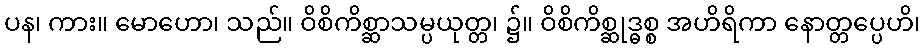
ပန၊ ကား။ မောဟော၊ သည်။ ဝိစိကိစ္ဆာသမ္ပယုတ္တ၊ ၌။ ဝိစိကိစ္ဆုဒ္ဓစ္စ အဟိရိကာ နောတ္တပ္ပေဟိ၊